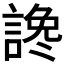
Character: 𲁰